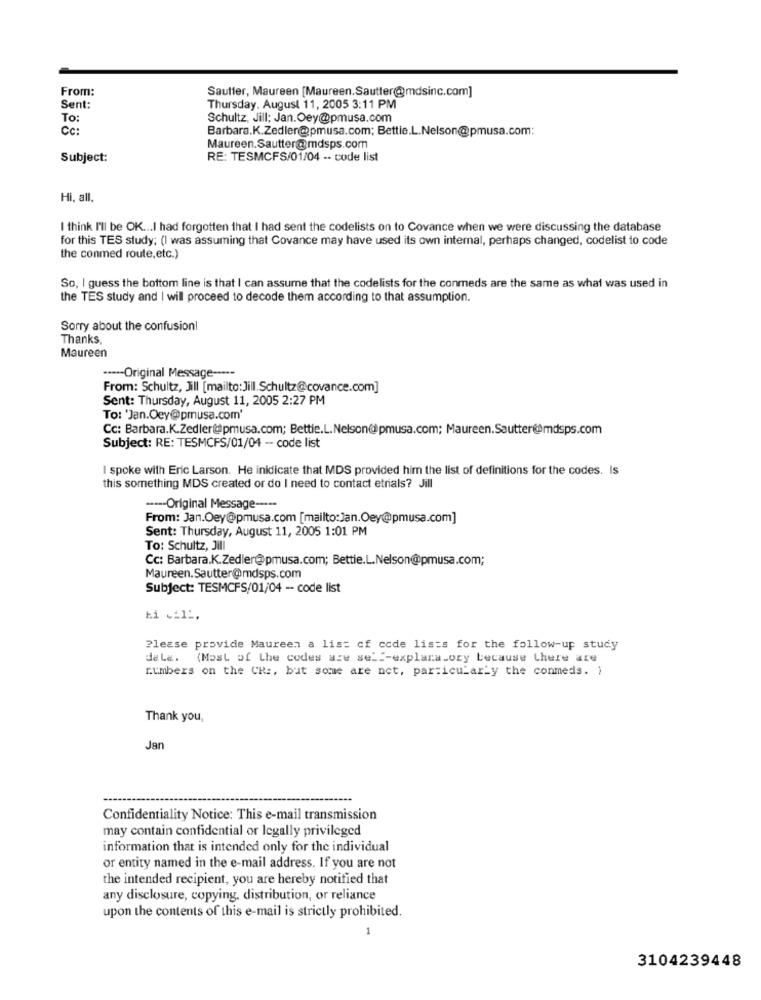
From:
Sautter, Maureen [Maureen.Sautter@mdsinc.com]
Sent:
Thursday. August 11, 2005 3:11 PM
To:
Schultz, Jill: Jan.Oey@pmusa.com
CC:
Barbara.K.Zedler@pmusa.com; Bettie.L.Nelson@pmusa.com:
Maureen.Sautter@mdsps.com
Subject:
RE: TESMCFS/01/04 -- code list
Hi, all,
I think I'll be OK ... I had forgotten that I had sent the codelists on to Covance when we were discussing the database
for this TES study; (I was assuming that Covance may have used its own internal, perhaps changed, codelist to code
the conmed route, etc.)
So, I guess the bottom line is that I can assume that the codelists for the conmeds are the same as what was used in
the TES study and I will proceed to decode them according to that assumption.
Sorry about the confusion!
Thanks,
Maureen
----- Original Message -----
From: Schultz, Jill [mailto:Jill.Schultz@covance.com]
Sent: Thursday, August 11, 2005 2:27 PM
To: 'Jan.Oey@pmusa.com'
Cc: Barbara.K.Zedler@pmusa.com; Bettie.L.Nelson@pmusa.com; Maureen.Sautter@mdsps.com
Subject: RE: TESMCFS/01/04 - code list
I spoke with Eric Larson. He inidicate that MDS provided him the list of definitions for the codes. Is
this something MDS created or do I need to contact etrials? Jill
----- Original Message -----
From: Jan.Oey@pmusa.com [mailto:Jan.Oey@pmusa.com]
Sent: Thursday, August 11, 2005 1:01 PM
To: Schultz, Jill
Cc: Barbara.K.Zedler@pmusa.com; Bettie.L.Nelson@pmusa.com;
Maureen.Sautter@mdsps.com
Subject: TESMCFS/01/04 - code list
Please provide Maureen a list of code lists for the follow-up study
dale.
(Most of the codes are self-explanatory because there are
numbers on the CR :, but some are net, particularly the conmeds. )
Thank you,
Jan
Confidentiality Notice: This e-mail transmission
may contain confidential or legally privileged
information that is intended only for the individual
or entity named in the e-mail address. If you are not
the intended recipient, you are hereby notified that
any disclosure, copying, distribution, or reliance
upon the contents of this e-mail is strictly prohibited.
1
3104239448